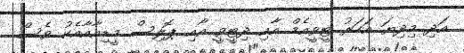
އަދި މިދިޔަ އަހަރު ޓީވީއެމް އާއި ދިޓީވީ އާއި ޕޮލިސް މީޑިއާއާއެކު ވެސް